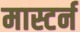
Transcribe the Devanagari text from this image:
मास्टर्न